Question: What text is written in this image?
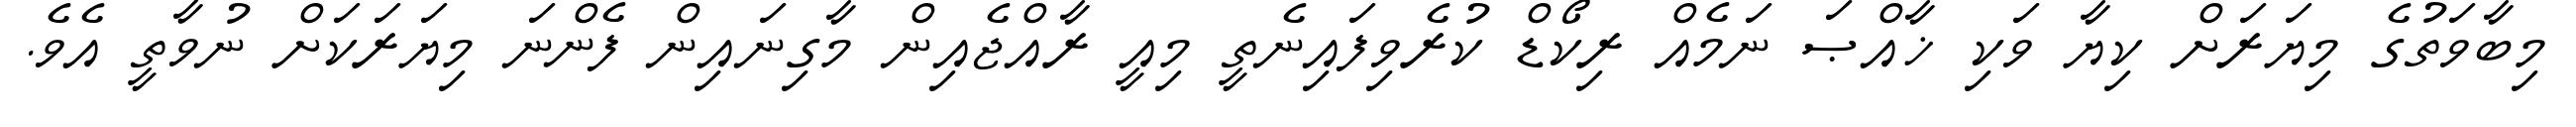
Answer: މިބާވަތުގެ މިޔަރަށް ކިޔާ ވަކި ޚާއްޞަ ނަމެއް ރިކޯޑް ކުރެވިފައިނެތީ މިއީ ރާއްޖެއިން މާގިނައިން ފެންނަ މިޔަރަކަށް ނުވާތީ އެވެ.